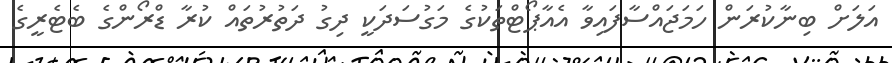
އަލަށް ބިނާކުރަން ހަމަޖައްސާފައިވާ އެއާޕޯޓްތަކުގެ މަގުސަދަކީ ދިގު ދަތުރުތައް ކުރާ ޑްރޯންގެ ބެޓެރީގެ